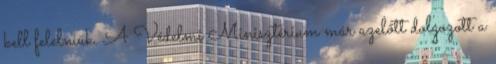
kell felelniük. A Védelmi Minisztérium már azelőtt dolgozott a